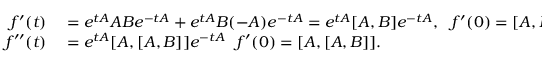
\begin{array} { r l } { f ^ { \prime } ( t ) } & { { } = e ^ { t A } A B e ^ { - t A } + e ^ { t A } B ( - A ) e ^ { - t A } = e ^ { t A } [ A , B ] e ^ { - t A } , ~ ~ f ^ { \prime } ( 0 ) = [ A , B ] } \\ { f ^ { \prime \prime } ( t ) } & { { } = e ^ { t A } [ A , [ A , B ] ] e ^ { - t A } ~ ~ f ^ { \prime } ( 0 ) = [ A , [ A , B ] ] . } \end{array}